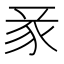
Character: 𧰬